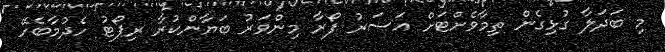
މި ބަދަލާ ގުޅިގެން ތިމާވެށްޓަށް އަސަރު ފޯރާ މިންވަރު ބަޔާންކުރާ ރިޕޯޓު ހެދުމާބެހޭ